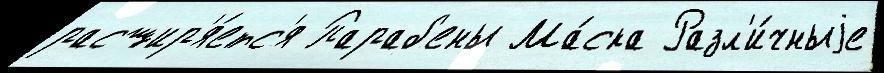
расшир'я́етс'я Параб'ены Ма́ска Разл'и́чныjе